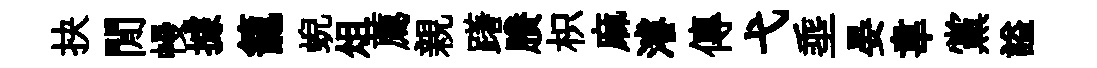
抉閒幔據籠蜺俎薦親躇賸枳麻濬傳弋埀晏韋黨謚